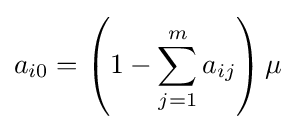
a_{i0}=\left(1-\sum _{j=1}^{m}a_{ij}\right)\mu